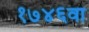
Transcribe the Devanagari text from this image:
१७४६वा